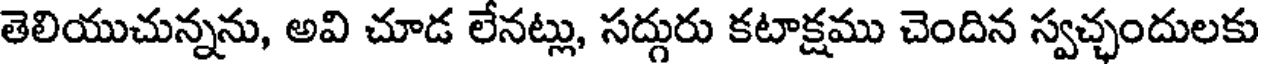
తెలియుచున్నను, అవి చూడ లేనట్లు, సద్గురు కటాక్షము చెందిన స్వచ్ఛందులకు